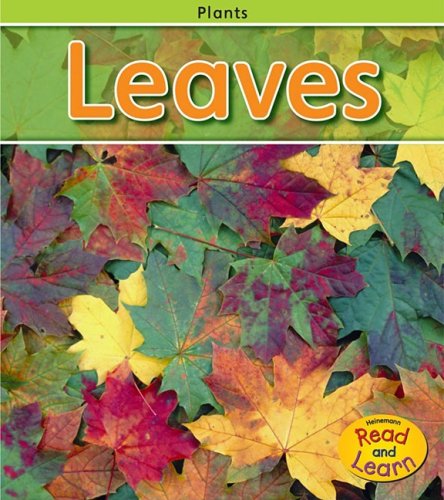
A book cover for Leaves (Plants); Patricia Whitehouse; Children's Books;